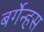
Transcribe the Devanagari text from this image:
बर्गेन्हस